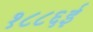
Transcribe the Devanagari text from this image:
१८८६ई